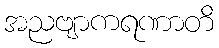
အညဗျာကရဏာတိ